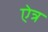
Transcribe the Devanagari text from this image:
ऐत्र